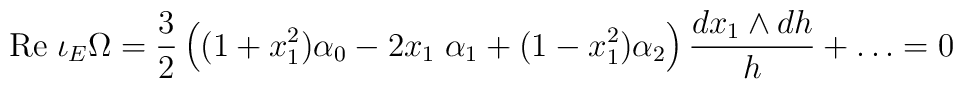
\mbox{Re}\; \iota_E\Omega= {3\over 2}\left((1+x_1^2)\alpha_0-2x_1\;\alpha_1+(1-x_1^2)\alpha_2\right){dx_1\wedge dh\over h}+\ldots=0